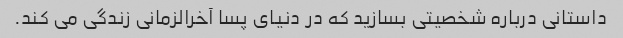
داستانی درباره شخصیتی بسازید که در دنیای پسا آخرالزمانی زندگی می کند.